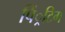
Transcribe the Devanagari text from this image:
पिं्रटिग